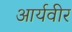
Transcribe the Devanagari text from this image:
आर्यवीर